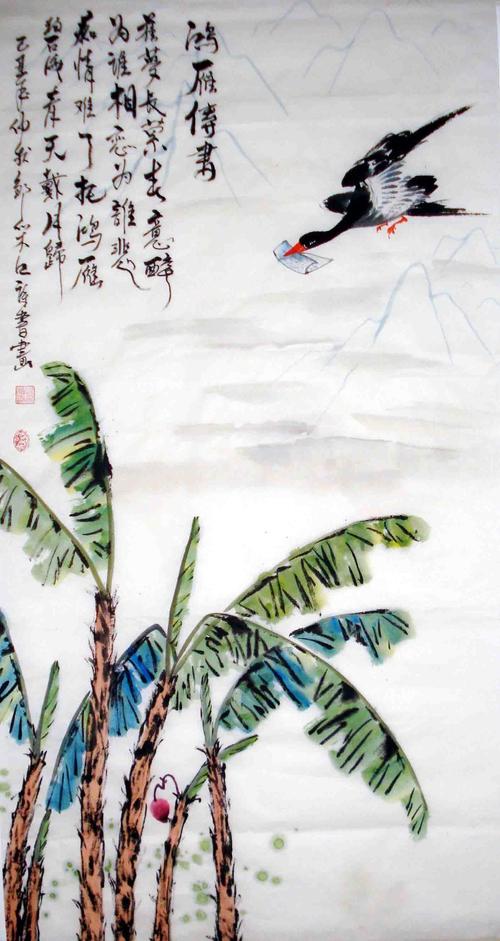
鸿雁向西北，因书报天涯。